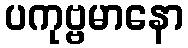
ပကုဗ္ဗမာနော